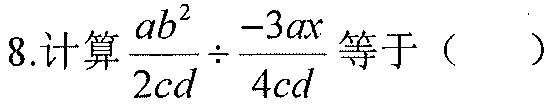
8.计算\(\frac{ab^{2}}{2cd}\div\frac{-3ax}{4cd}\)等于（  ）